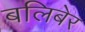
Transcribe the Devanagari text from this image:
बलिबेर